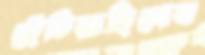
ছেঁচিয়াছিলেন